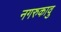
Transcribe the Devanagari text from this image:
नगरुकावु